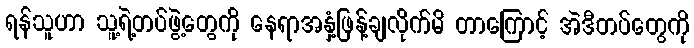
ရန်သူဟာ သူ့ရဲ့တပ်ဖွဲ့တွေကို နေရာအနှံ့ဖြန့်ချလိုက်မိ တာကြောင့် အဲဒီတပ်တွေကို